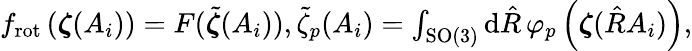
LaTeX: \begin{array}{r}{f_{\mathrm{rot}}\left(\boldsymbol{\zeta}(A_{i})\right)=F(\tilde{\boldsymbol{\zeta}}(A_{i})),\tilde{\zeta}_{p}(A_{i})=\int_{\mathrm{SO(3)}}\mathrm{d}\hat{R}\, \varphi_{p}\left(\boldsymbol{\zeta}(\hat{R}A_{i})\right),}\end{array}